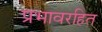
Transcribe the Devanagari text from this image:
प्रभावरहित